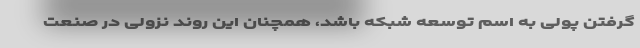
گرفتن پولی به اسم توسعه شبکه باشد، همچنان این روند نزولی در صنعت